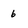
Character: 6